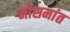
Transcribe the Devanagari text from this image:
मोसमांत